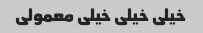
خیلی خیلی خیلی معمولی